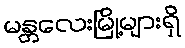
မန္တလေးမြို့များရှိ